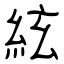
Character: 絃